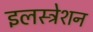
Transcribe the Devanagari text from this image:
इलस्ट्रेशन